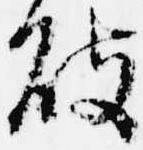
破